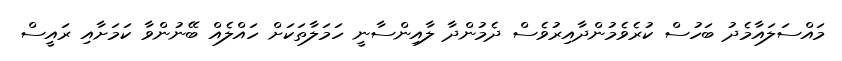
މައްސަލައާމެދު ބަހުސް ކުރެވެމުންދާއިރުވެސް ދެމުންދާ ލާއިންސާނީ ހަމަލާތަކަށް ހައްލެއް ބޭނުންވާ ކަމަށާއި ރައީސް